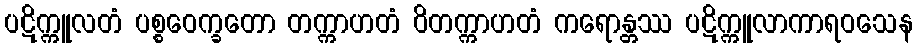
ပဋိက္ကူလတံ ပစ္စဝေက္ခတော တက္ကာဟတံ ဝိတက္ကာဟတံ ကရောန္တဿ ပဋိက္ကူလာကာရဝသေန